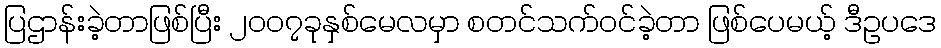
ပြဌာန်းခဲ့တာဖြစ်ပြီး ၂၀၀၇ခုနှစ်မေလမှာ စတင်သက်ဝင်ခဲ့တာ ဖြစ်ပေမယ့် ဒီဥပဒေ